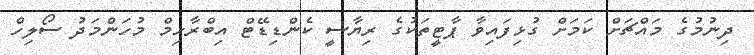
ދިނުމުގެ މައްޗަށް ކަމަށް ގުޅިފައިވާ ޕާޓީތަކުގެ ރިޔާސީ ކެންޑިޑޭޓް އިބްރާހިމް މުހަންމަދު ސޯލިހް